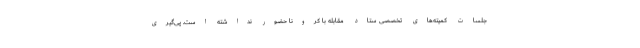
جلسات کمیته‌های تخصصی ستاد مقابله با کرونا حضور نداشته است. پی‌گیری